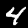
Label: 4